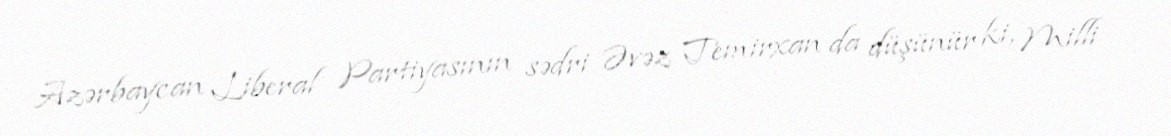
Azərbaycan Liberal Partiyasının sədri Əvəz Temirxan da düşünür ki, Milli